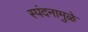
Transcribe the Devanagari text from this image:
स्पंदनामुळे